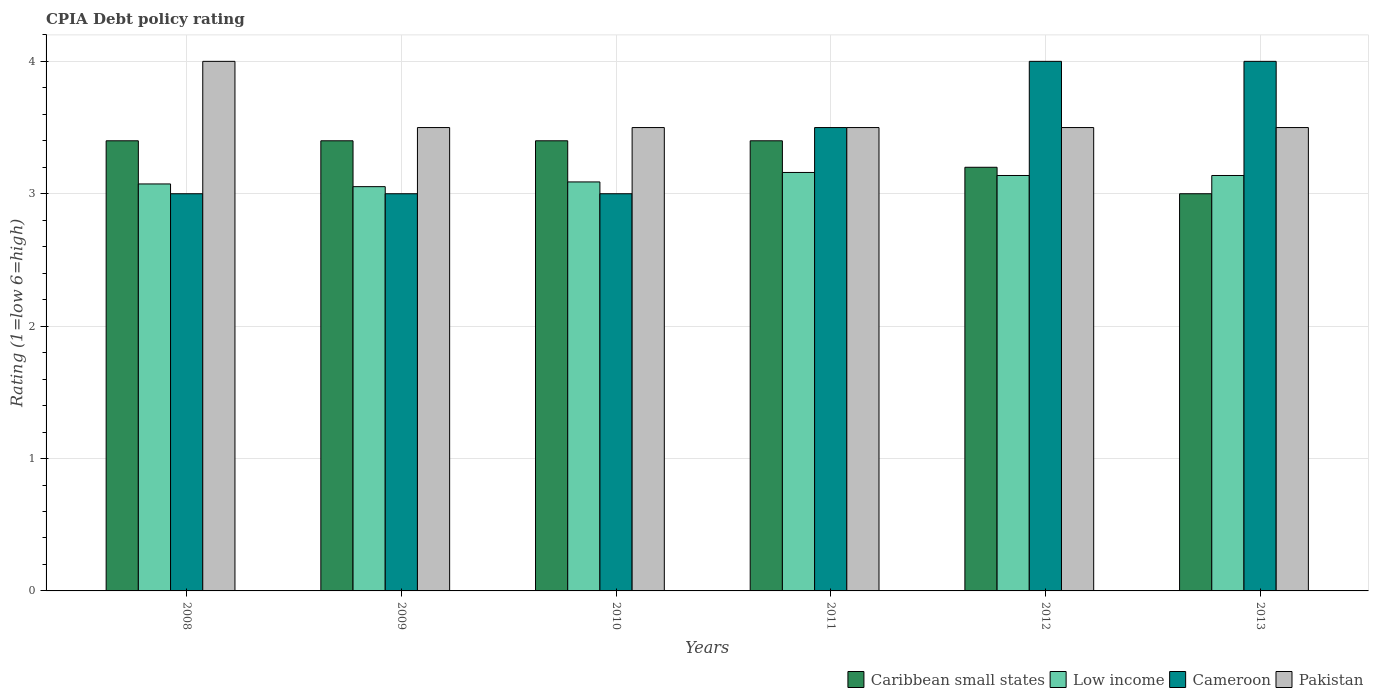
| Years | Caribbean small states | Low income | Cameroon | Pakistan |
 | --- | --- | --- | --- | --- |
 | 2008 | 3.4 | 3.07 | 3 | 4 |
 | 2009 | 3.4 | 3.05 | 3 | 3.5 |
 | 2010 | 3.4 | 3.09 | 3 | 3.5 |
 | 2011 | 3.4 | 3.16 | 3.5 | 3.5 |
 | 2012 | 3.2 | 3.14 | 4 | 3.5 |
 | 2013 | 3 | 3.14 | 4 | 3.5 |